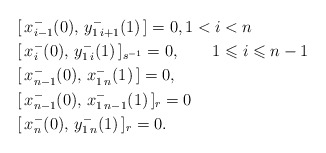
\begin{align*}&[\,x_{i-1}^-(0),\,y_{1\, i+1}^-(1)\,]=0, 1<i<n\\ &[\,x_{i}^-(0),\,y_{1\, i}^-(1)\,]_{s^{-1}}=0, \qquad1\leqslant i \leqslant n-1\\ &[\,x_{n-1}^-(0),\,x_{1\, n}^-(1)\,]=0,\\ &[\,x_{n-1}^-(0),\,x_{1\, n-1}^-(1)\,]_r=0\\ &[\,x_{n}^-(0),\,y_{1\, n}^-(1)\,]_r=0.\end{align*}